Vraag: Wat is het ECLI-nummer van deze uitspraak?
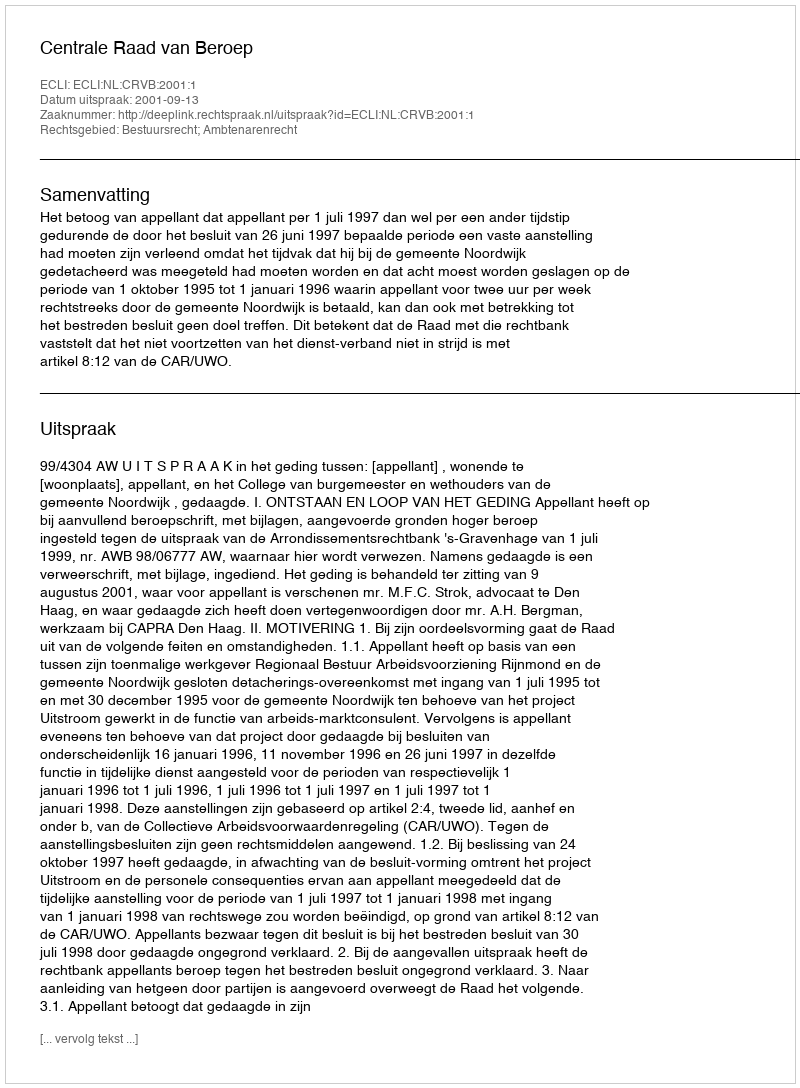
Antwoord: ECLI:NL:CRVB:2001:1